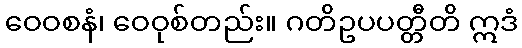
ဝေဝစနံ၊ ဝေဝုစ်တည်း။ ဂတိဥပပတ္တီတိ ဣဒံ